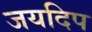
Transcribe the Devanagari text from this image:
जयदिप